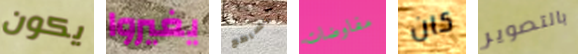
يكون يغيروا الساطع مفاوضات كان بالتصوير